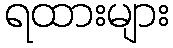
ရထားများ